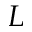
L